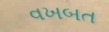
વખબત